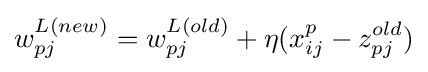
w_{pj}^{L(new)}=w_{pj}^{L(old)}+\eta (x_{ij}^{p}-z_{pj}^{old})